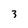
Character: 3